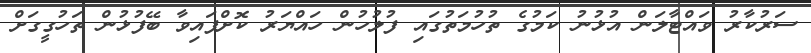
ސަރުކާރު ވައްޓާލަން އުޅުނު ކަމުގެ ތުހުމަތުގައި ފުލުހުން ހައްޔަރު ކޮށްފައިވާ ބޭފުޅުން ތަހުގީގަށް